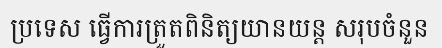
ប្រទេស ធ្វើការត្រួតពិនិត្យយានយន្ត សរុបចំនួន